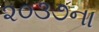
૨૦૩૭ના